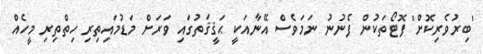
'ބިރުވެރިކޮށް' ފޮޓޯތަކުން ފެނުނު ނަމަވެސް އޭނާއަކީ ޙަޤީޤަތުގައި ވަރަށް މަޑުމައިތިރި ހިތްތިރި މީހެއް